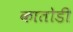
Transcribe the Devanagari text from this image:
कातोडी